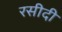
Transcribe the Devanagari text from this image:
रसीदी